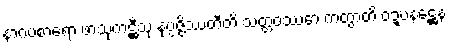
နာဂပစာရော ဖာသုကဋ္ဌီသု နုပ္ပဇ္ဇိဿတီတိ သတ္တဝဿော ကတွာတိ ဝဍ္ဎနဋ္ဌေန